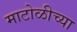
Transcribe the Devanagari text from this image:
माटोळीच्या